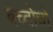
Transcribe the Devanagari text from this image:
बच्दोचों